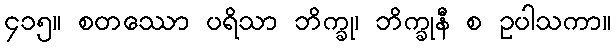
၄၁၅။ စတဿော ပရိသာ ဘိက္ခု၊ ဘိက္ခုနီ စ ဥပါသကာ။